Indian journal of veterinary science and animal husbandry - Volume 3,
Year: 1933
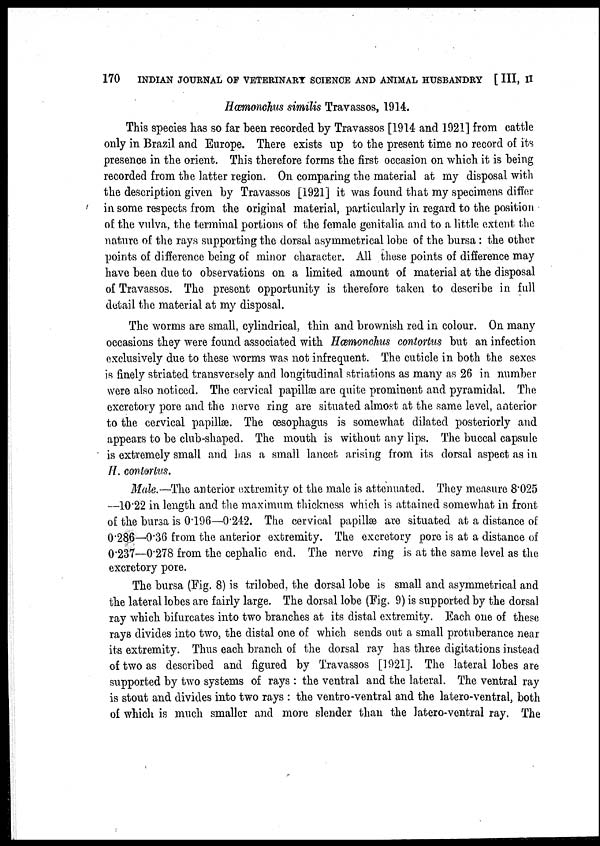
170
INDIAN JOURNAL OF VETERINARY SCIENCE AND ANIMAL HUSBANDRY [ III, II
Hæmonchus similis Travassos, 1914.
This species has so far been recorded by Travassos [1914 and 1921] from cattle
only in Brazil and Europe. There exists up to the present time no record of its
presence in the orient. This therefore forms the first occasion on which it is being
recorded from the latter region. On comparing the material at my disposal with
the description given by Travassos [1921] it was found that my specimens differ
in some respects from the original material, particularly in regard to the position
of the vulva, the terminal portions of the female genitalia and to a little extent the
nature of the rays supporting the dorsal asymmetrical lobe of the bursa: the other
points of difference being of minor character. All these points of difference may
have been due to observations on a limited amount of material at the disposal
of Travassos. The present opportunity is therefore taken to describe in full
detail the material at my disposal.
The worms are small, cylindrical, thin and brownish red in colour. On many
occasions they were found associated with Hæmonchus contortus but an infection
exclusively due to these worms was not infrequent. The cuticle in both the sexes
is finely striated transversely and longitudinal striations as many as 26 in number
were also noticed. The cervical papillæ are quite prominent and pyramidal. The
excretory pore and the nerve ring are situated almost at the same level, anterior
to the cervical papillæ. The œsophagus is somewhat dilated posteriorly and
appears to be club-shaped. The mouth is without any lips. The buccal capsule
is extremely small and has a small lancet arising from its dorsal aspect as in
H. contortus.
Male.—The anterior extremity of the male is attenuated. They measure 8.025
—10.22 in length and the maximum thickness which is attained somewhat in front
of the bursa is 0.196—0.242. The cervical papillæ are situated at a distance of
0.286—0.36 from the anterior extremity. The excretory pore is at a distance of
0.237—0.278 from the cephalic end. The nerve ring is at the same level as the
excretory pore.
The bursa (Fig. 8) is trilobed, the dorsal lobe is small and asymmetrical and
the lateral lobes are fairly large. The dorsal lobe (Fig. 9) is supported by the dorsal
ray which bifurcates into two branches at its distal extremity. Each one of these
rays divides into two, the distal one of which sends out a small protuberance near
its extremity. Thus each branch of the dorsal ray has three digitations instead
of two as described and figured by Travassos [1921]. The lateral lobes are
supported by two systems of rays : the ventral and the lateral. The ventral ray
is stout and divides into two rays : the ventro-ventral and the latero-ventral, both
of which is much smaller and more slender than the latero-ventral ray. The